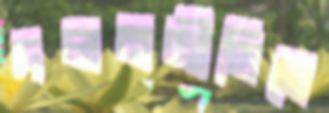
দলননীতিতে